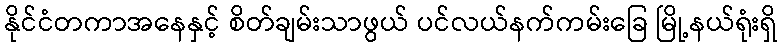
နိုင်ငံတကာအနေနှင့် စိတ်ချမ်းသာဖွယ် ပင်လယ်နက်ကမ်းခြေ မြို့နယ်ရုံးရှိ